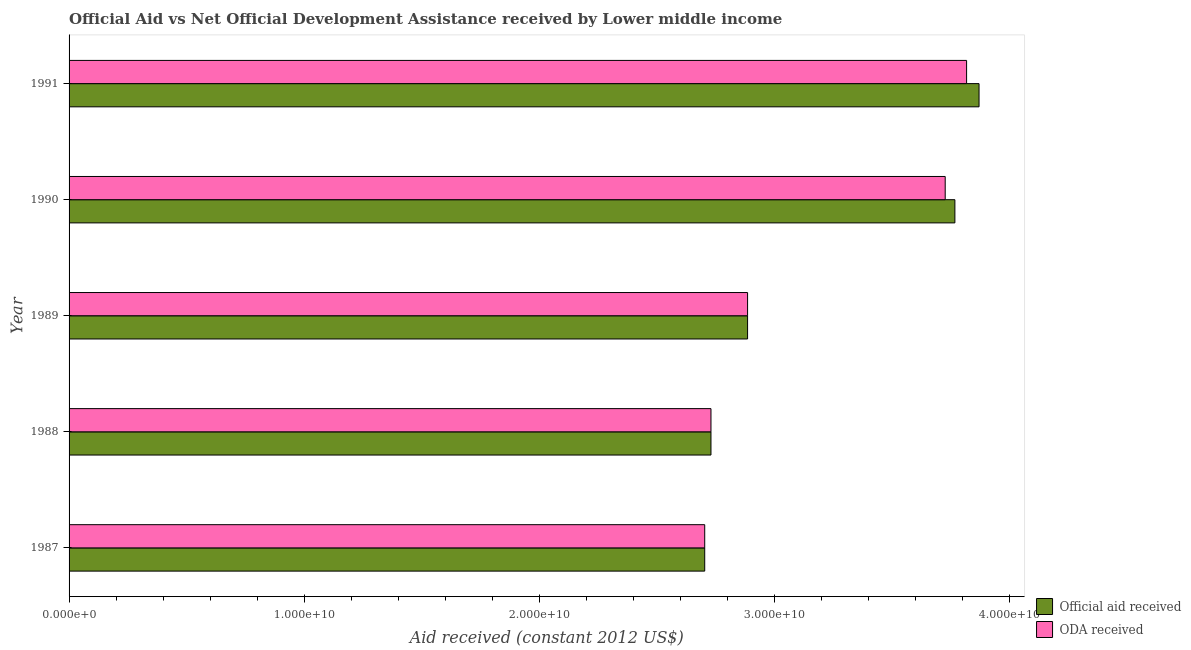
| Year | Official aid received | ODA received |
 | --- | --- | --- |
 | 1987 | 2.7e+10 | 2.7e+10 |
 | 1988 | 2.73e+10 | 2.73e+10 |
 | 1989 | 2.89e+10 | 2.89e+10 |
 | 1990 | 3.77e+10 | 3.73e+10 |
 | 1991 | 3.87e+10 | 3.82e+10 |